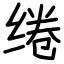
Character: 绻